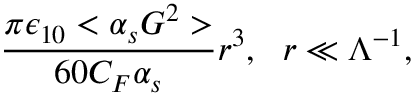
\frac { \pi \epsilon _ { 1 0 } < \alpha _ { s } G ^ { 2 } > } { 6 0 C _ { F } \alpha _ { s } } r ^ { 3 } , \ \ r \ll \Lambda ^ { - 1 } ,